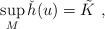
\begin{align*}\sup_M \check{h}(u)=\tilde{K}~,\end{align*}